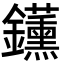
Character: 𬬡